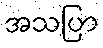
အသပြာ